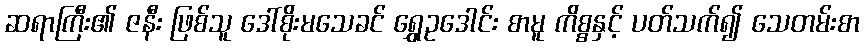
ဆရာကြီး၏ ဇနီး ဖြစ်သူ ဒေါ်စိုးမသေခင် ရွှေဥဒေါင်း စာမူ ကိစ္စနှင့် ပတ်သက်၍ သေတမ်းစာ